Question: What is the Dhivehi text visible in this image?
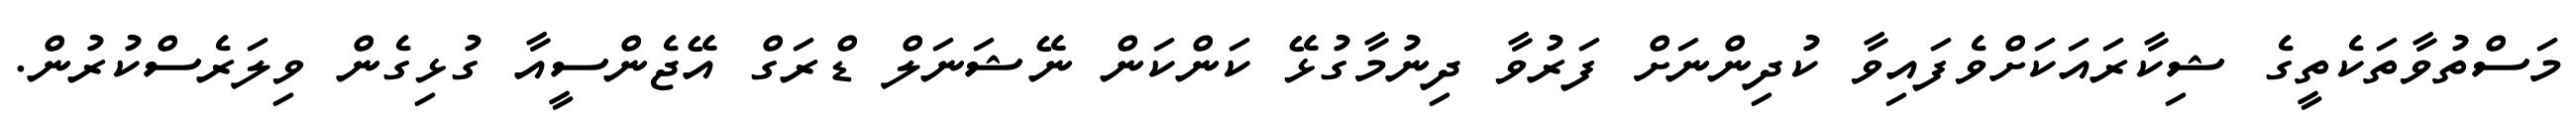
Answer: މަސްތުވާތަކެތީގެ ޝިކާރައަކަށްވެފައިވާ ކުދިންނަށް ފަރުވާ ދިނުމާގުޅޭ ކަންކަން ނޭޝަނަލް ޑްރަގް އޭޖެންސީއާ ގުޅިގެން ވިލަރެސްކުރުން.